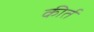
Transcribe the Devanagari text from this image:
कीर्त